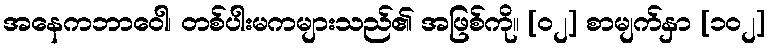
အနေကဘာဝေါ၊ တစ်ပါးမကများသည်၏ အဖြစ်ကို။ [၀၂] စာမျက်နှာ [၁၀၂]